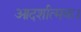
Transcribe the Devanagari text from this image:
आदर्शात्मक।